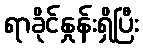
ရာခိုင်နှုန်းရှိပြီး